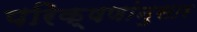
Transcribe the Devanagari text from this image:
परिक्षणांनुसार